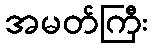
အမတ်ကြီး